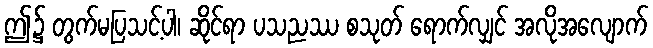
ဤ၌ တွက်မပြသင့်ပါ၊ ဆိုင်ရာ ပသညဿ စသုတ် ရောက်လျှင် အလိုအလျောက်